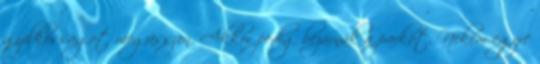
gyilkosságot megússzon. Akkor pedig bezárnák a parkot. Nekem egyre